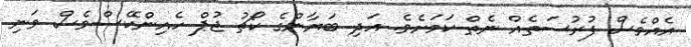
އެއްވެސް ފުރުސަތެއް ނެތް ކަމަށެވެ. އަދި ބަޔާންގެ ކޯޗު ޖުޕް ހެއިންކޭސްވެސް ވަނި